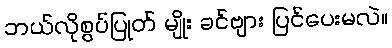
ဘယ်လိုစွပ်ပြုတ် မျိုး ခင်ဗျား ပြင်ပေးမလဲ။